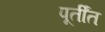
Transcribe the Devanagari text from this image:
पूर्तींत